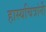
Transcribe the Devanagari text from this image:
हास्यचित्रांनी